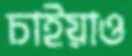
চাইয়াও